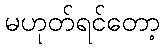
မဟုတ်ရင်တော့